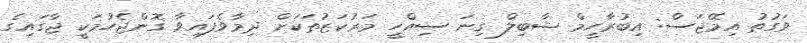
ވަގުތު އިމޭޖަސް: އިބުރާހީމް ޝާބިލް ގިނަ ސިއްހީ މަރުކަޒުތަކަށް ދިމާވެފައިވާ ގޮންޖެހުމަކީ ޖާގައިގެ